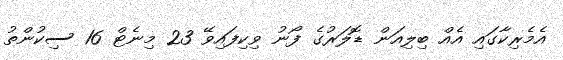
އެމެރިކާގައި އެއް ބިލިއަން ޑޮލަރުގެ ފޯނު ވިކިފައިވޭ 23 މިނެޓް 16 ސިކުންތު